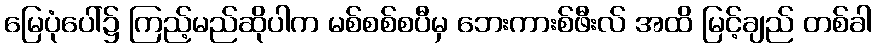
မြေပုံပေါ်၌ ကြည့်မည်ဆိုပါက မစ်စစ်စပီမှ ဘေးကားစ်ဖီးလ် အထိ မြင့်ချည် တစ်ခါ